Lunatic asylums Punjab 1895-1910 - 1895-1910
Year: 1895
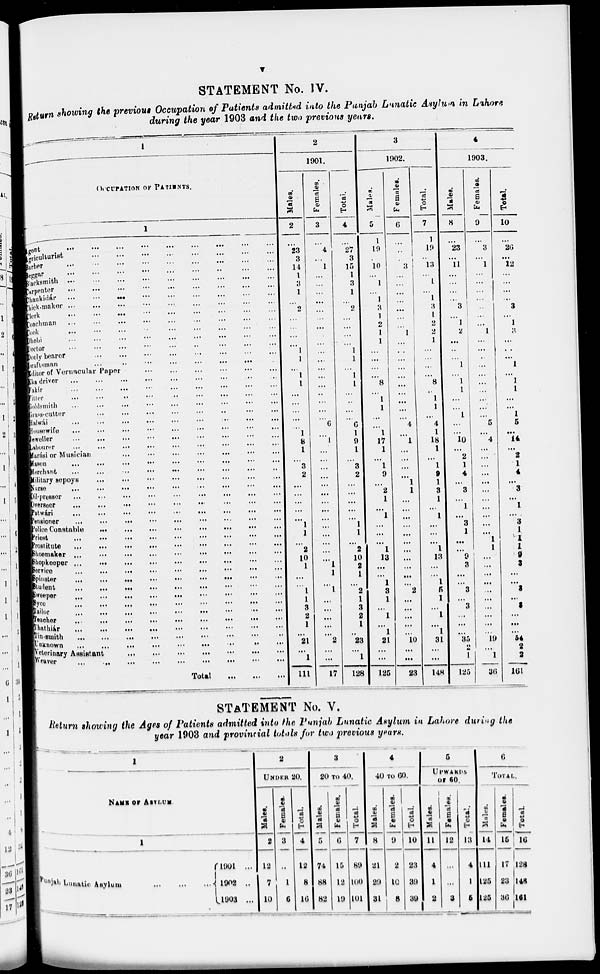
v
STATEMENT No. IV.
Return showing the previous Occupation of Patients admitted into the Punjab Lunatic Asylum in Lahore
during the year 1903 and the two previous years.
1
OCCUPATION OF PATIENTS.
1
Agent ... ... ... ... ... ... ... ... ...
^rioulturiBt
...
...
...
...
...
...
...
...
...
Barber ... ... ... ... ... ... ... ... ...
Beggar ... ... ... ... ... ... ... ... ...
Blacksmith
...
...
...
...
...
...
...
...
...
Carpenter
...
...
...
...
...
...
...
...
...
Chaukidár
...
...
...
...
...
...
...
...
...
Cick-maker ... ... ... ... ... ... ... ... ...
Clerk
...
...
...
...
...
...
...
...
...
Coachman ... ... ... ... ... ... ... ... ...
Cook
...
...
...
...
...
...
...
...
...
Dhobi
...
...
...
...
...
...
...
...
...
Doctor
...
...
...
...
...
...
...
...
...
Dooly bearer
...
...
...
...
...
...
...
...
...
Draftsman
...
...
...
...
...
...
...
...
...
Editor of Vernacular Paper
...
...
...
...
...
...
Eka driver ... ... ... ... ... ... ... ... ...
fakír ... ... ... ... ... ... ... ... ...
Titter ... ... ... ... ... ... ... ... ...
Goldsmith ... ... ... ... ... ... ... ... ...
Grass-cutter
...
...
...
...
...
...
...
...
...
Halwái
...
...
...
...
...
...
...
...
...
Housewife
...
...
...
...
...
...
...
...
...
Jeweller
...
...
...
...
...
...
...
...
...
Sabourer ... ... ... ... ... ... ... ... ...
Marási or Musician
...
...
...
...
...
...
...
...
...
Mason
...
...
...
...
...
...
...
...
...
Marchant ... ... ... ... ... ... ... ... ...
Military sepoys
...
...
...
...
...
...
...
...
...
Nurse ... ... ... ... ... ... ... ... ...
Oil-presser
...
...
...
...
...
...
...
...
...
Overseer
...
...
...
...
...
...
...
...
...
Patwári
...
...
...
...
...
...
...
...
...
...
Pensioner
...
...
...
...
...
...
...
...
...
Police Constable
...
...
...
...
...
...
...
...
...
Priest
...
...
...
...
...
...
...
...
...
Prostitute
...
...
...
...
...
...
...
...
...
Shoemaker
...
...
...
...
...
...
...
...
...
Shopkeeper
...
...
...
...
...
...
...
...
...
Service ... ... ... ... ... ... ... ... ...
Spinster
...
...
...
...
...
...
...
...
...
Student
...
...
...
...
...
...
...
...
...
Sweeper
...
...
...
...
...
...
...
...
...
Syee ... ... ... ... ... ... ... ... ...
Tailor
...
...
...
...
...
...
...
...
...
Teacher ... ... ... ... ... ... ... ... ...
Thathiár ... ... ... ... ... ... ... ... ...
Tin-smith
...
...
...
...
...
...
...
...
...
Unknown
...
...
...
...
...
...
...
...
...
Veterinary Assistant ... ... ... ... ... ... ... ... ...
Weaver
...
...
...
...
...
...
...
...
...
Total ... ... ...
2
1901.
Males.
2
...
23
3
14
1
3
1
...
2
...
...
...
...
1
1
...
1
1
...
...
...
...
...
1
8
1
...
3
2
...
...
...
...
...
1
1
...
2
10
1
...
...
1
1
8
2
1
...
21
...
1
111
Females.
3
...
4
...
1
...
...
...
...
...
...
...
...
...
...
...
...
...
...
...
...
...
...
6
...
1
...
...
...
...
...
...
...
...
...
...
...
...
...
...
...
1
...
1
...
...
...
...
...
2
...
...
17
Total.
4
...
27
3
15
1
3
1
...
2
...
...
...
...
1
1
...
1
1
...
...
...
...
6
1
9
1
...
3
2
...
...
...
...
...
1
1
...
2
10
2
1
...
2
1
3
2
1
..
23
...
1
128
3
1902.
Males.
5
1
19
...
10
...
1
...
1
3
1
2
1
1
...
...
...
...
8
...
1
1
...
...
1
17
1
...
1
9
...
2
1
...
1
...
...
. ...
1
13
...
...
1
3
1
...
1
...
1
21
...
...
125
Females.
6
...
...
...
3
...
...
...
...
...
...
...
1
...
...
...
...
...
...
...
...
...
...
4
...
1
...
...
...
...
1
1
...
...
...
...
...
...
...
...
...
...
...
2
...
...
...
...
...
10
...
...
28
Total.
7
1
19
...
13
...
1
...
1
3
1
2
2
1
...
...
...
...
8
...
1
1
...
4
1
18
1
...
1
9
1
3
1
...
1
...
...
...
1
13
...
...
1
5
1
...
1
1
31
...
...
148
4
1903.
Males.
8
...
23
...
11
...
...
...
...
3
...
1
2
...
...
...
1
...
1
1
...
...
1
...
...
10
...
2
1
4
...
3
...
1
...
3
1
...
...
9
3
...
...
3
...
3
...
...
35
2
1
125
Females.
9
...
3
...
1
...
...
...
...
...
...
...
1
...
...
...
...
...
...
...
...
...
...
5
...
4
...
...
...
...
...
...
...
...
...
...
...
1
1
...
...
...
...
...
...
...
...
...
...
19
...
1
36
Total.
10
...
26
...
12
...
...
...
...
3
...
1
3
...
..
...
l
...
l
l
...
...
l
5
...
14
...
2
1
4
...
3
...
1
...
3
1
1
1
9
3
...
...
3
...
3
...
...
...
64
2
8
161
STATEMENT No. V.
Return showing the Ages of Patients admitted into the Punjab Lunatic Asylum in Lahore during the
year 1903 and provincial totals for two previous years.
1
NAME OF ASYLUM.
1
Punjab Lunatic Asylum
...
...
...
1901 ...
1902 ...
1903 ...
2
UNDER 20.
Males.
2
12
7
10
Females.
8
...
1
6
Total.
4
12
8
16
3
20 TO 40.
Males.
5
74
88
82
Females.
6
15
12
19
Total.
7
89
100
101
4
40 TO 60.
Males.
8
21
29
31
Females.
9
2
10
8
Total
10
23
39
39
5
UPWARDS
OF 60.
Males.
11
4
1
2
Females.
12
...
...
3
Total.
13
4
1
5
6
TOTAL.
Males.
14
111
125
125
Females.
15
17
23
36
Total.
16
128
148
161